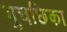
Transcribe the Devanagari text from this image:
गुचछिका